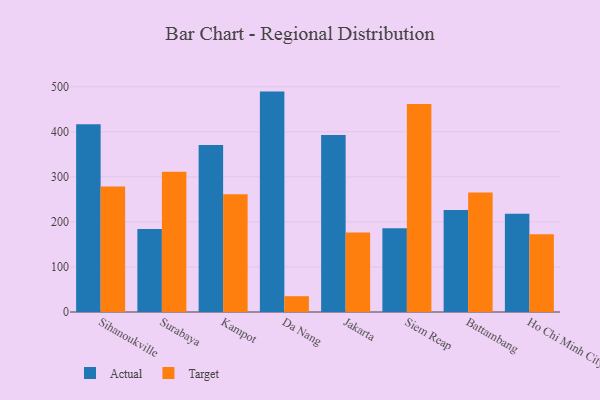
{"axis": {"x": "City", "y": "Temperature (°C)"}, "legend": ["Actual", "Target"], "data": [{"x": "Sihanoukville", "y": 417.0, "type": "Actual"}, {"x": "Sihanoukville", "y": 278.7, "type": "Target"}, {"x": "Surabaya", "y": 184.1, "type": "Actual"}, {"x": "Surabaya", "y": 311.1, "type": "Target"}, {"x": "Kampot", "y": 371.0, "type": "Actual"}, {"x": "Kampot", "y": 261.5, "type": "Target"}, {"x": "Da Nang", "y": 489.3, "type": "Actual"}, {"x": "Da Nang", "y": 35.1, "type": "Target"}, {"x": "Jakarta", "y": 392.9, "type": "Actual"}, {"x": "Jakarta", "y": 176.4, "type": "Target"}, {"x": "Siem Reap", "y": 185.7, "type": "Actual"}, {"x": "Siem Reap", "y": 461.5, "type": "Target"}, {"x": "Battambang", "y": 226.7, "type": "Actual"}, {"x": "Battambang", "y": 265.3, "type": "Target"}, {"x": "Ho Chi Minh City", "y": 218.3, "type": "Actual"}, {"x": "Ho Chi Minh City", "y": 172.7, "type": "Target"}]}